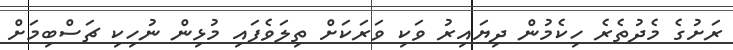
ރަށުގެ މެދުތެރެ ހިކެމުން ދިޔައިރު ވަކި ވަރަކަށް ތިލަވެފައި މުޅިން ނުހިކި ޗަސްބިމަށް